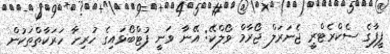
ފީފާގެ ސެކްރެޓްރީ ޖެނަރަލް ޖޯރާމް ވޯލްކޭ: އޭނާ ވަނީ ފުޓްބޯޅައިގެ ހުރިހާ ހަރަކާތްތަކުން